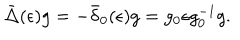
LaTeX: \bar { \Delta } ( \epsilon ) g = - \bar { \delta } _ { 0 } ( \epsilon ) g = g _ { 0 } \epsilon g _ { 0 } ^ { - 1 } g .